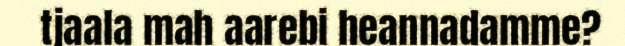
tjaala mah aarebi heannadamme?